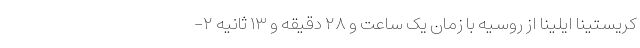
کریستینا ایلینا از روسیه با زمان یک ساعت و ۲۸ دقیقه و ۱۳ ثانیه ۲-